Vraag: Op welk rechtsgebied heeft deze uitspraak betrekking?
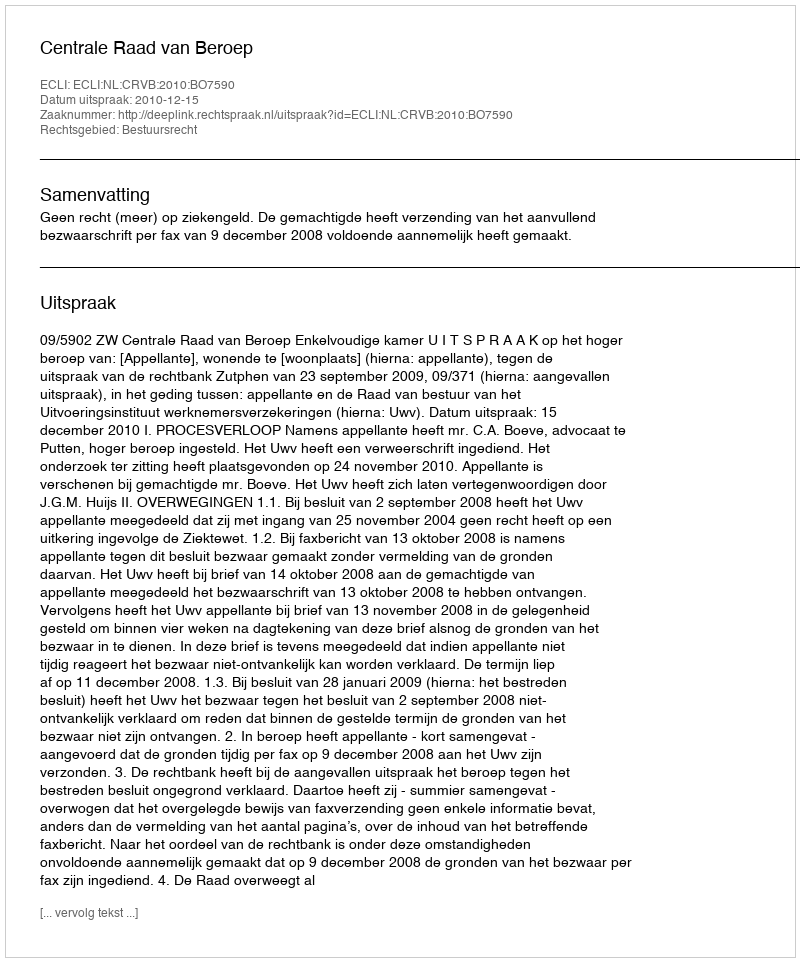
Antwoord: Bestuursrecht